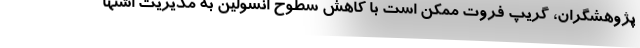
پژوهشگران، گریپ فروت ممکن است با کاهش سطوح انسولین به مدیریت اشتها